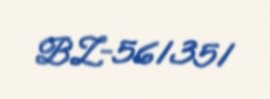
BZ-561351